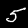
Label: 5